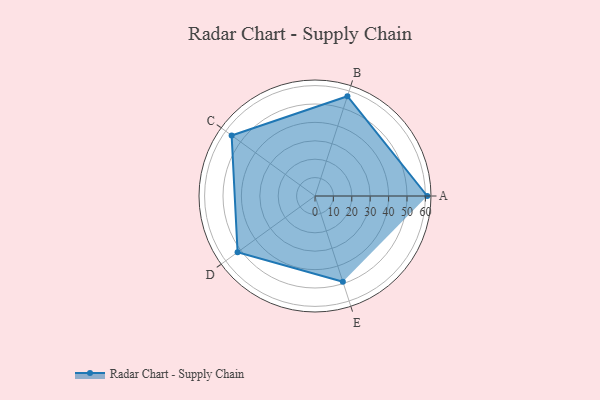
{"axis": {"x": "Skill", "y": "Score"}, "legend": ["Profile"], "data": [{"x": "A", "y": 61.0, "type": "Profile"}, {"x": "B", "y": 57.0, "type": "Profile"}, {"x": "C", "y": 56.0, "type": "Profile"}, {"x": "D", "y": 52.0, "type": "Profile"}, {"x": "E", "y": 49.0, "type": "Profile"}]}